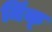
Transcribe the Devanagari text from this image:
मिंक्